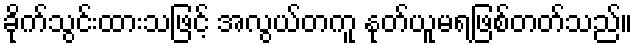
ခိုက်သွင်းထားသဖြင့် အလွယ်တကူ နုတ်ယူမရဖြစ်တတ်သည်။